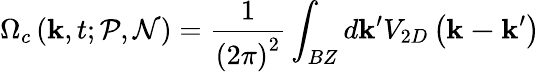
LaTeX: \Omega_{c}\left(\mathbf{k},t;\mathcal{P},\mathcal{N}\right)=\frac{1}{\left(2\pi\right)^{2}}\int_{BZ}d\mathbf{k}^{\prime}V_{2D}\left(\mathbf{k-k}^{\prime}\right)